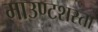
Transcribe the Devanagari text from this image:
माउण्टशस्ता